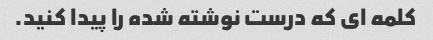
کلمه ای که درست نوشته شده را پیدا کنید.